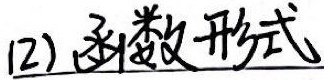
(2) 函数形式